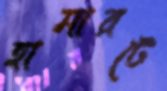
হামারটে